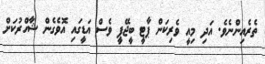
ތެރެއިންނެވެ. އަދި މިއީ ވެރިކަން ޕާޓީ ބީޖޭޕީ ވެސް އަޑީގައި އޮވެގެން ޝާހްރުކަށް